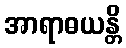
အာရာဓယန္တိ